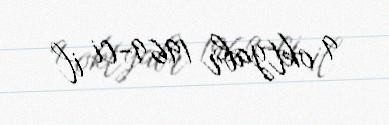
9 oktyabr 1969-ci il